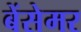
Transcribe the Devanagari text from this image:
बेंसेमर